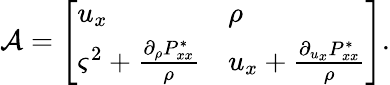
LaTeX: \mathcal{A}=\left[\begin{array}{ll}{u_{x}}&{\rho}\\ {\varsigma^{2}+\frac{\partial_{\rho}P_{xx}^{*}}{\rho}}&{u_{x}+\frac{\partial_{u_{x}}P_{xx}^{*}}{\rho}}\end{array}\right].